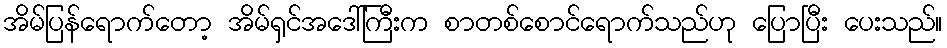
အိမ်ပြန်ရောက်တော့ အိမ်ရှင်အဒေါ်ကြီးက စာတစ်စောင်ရောက်သည်ဟု ပြောပြီး ပေးသည်။